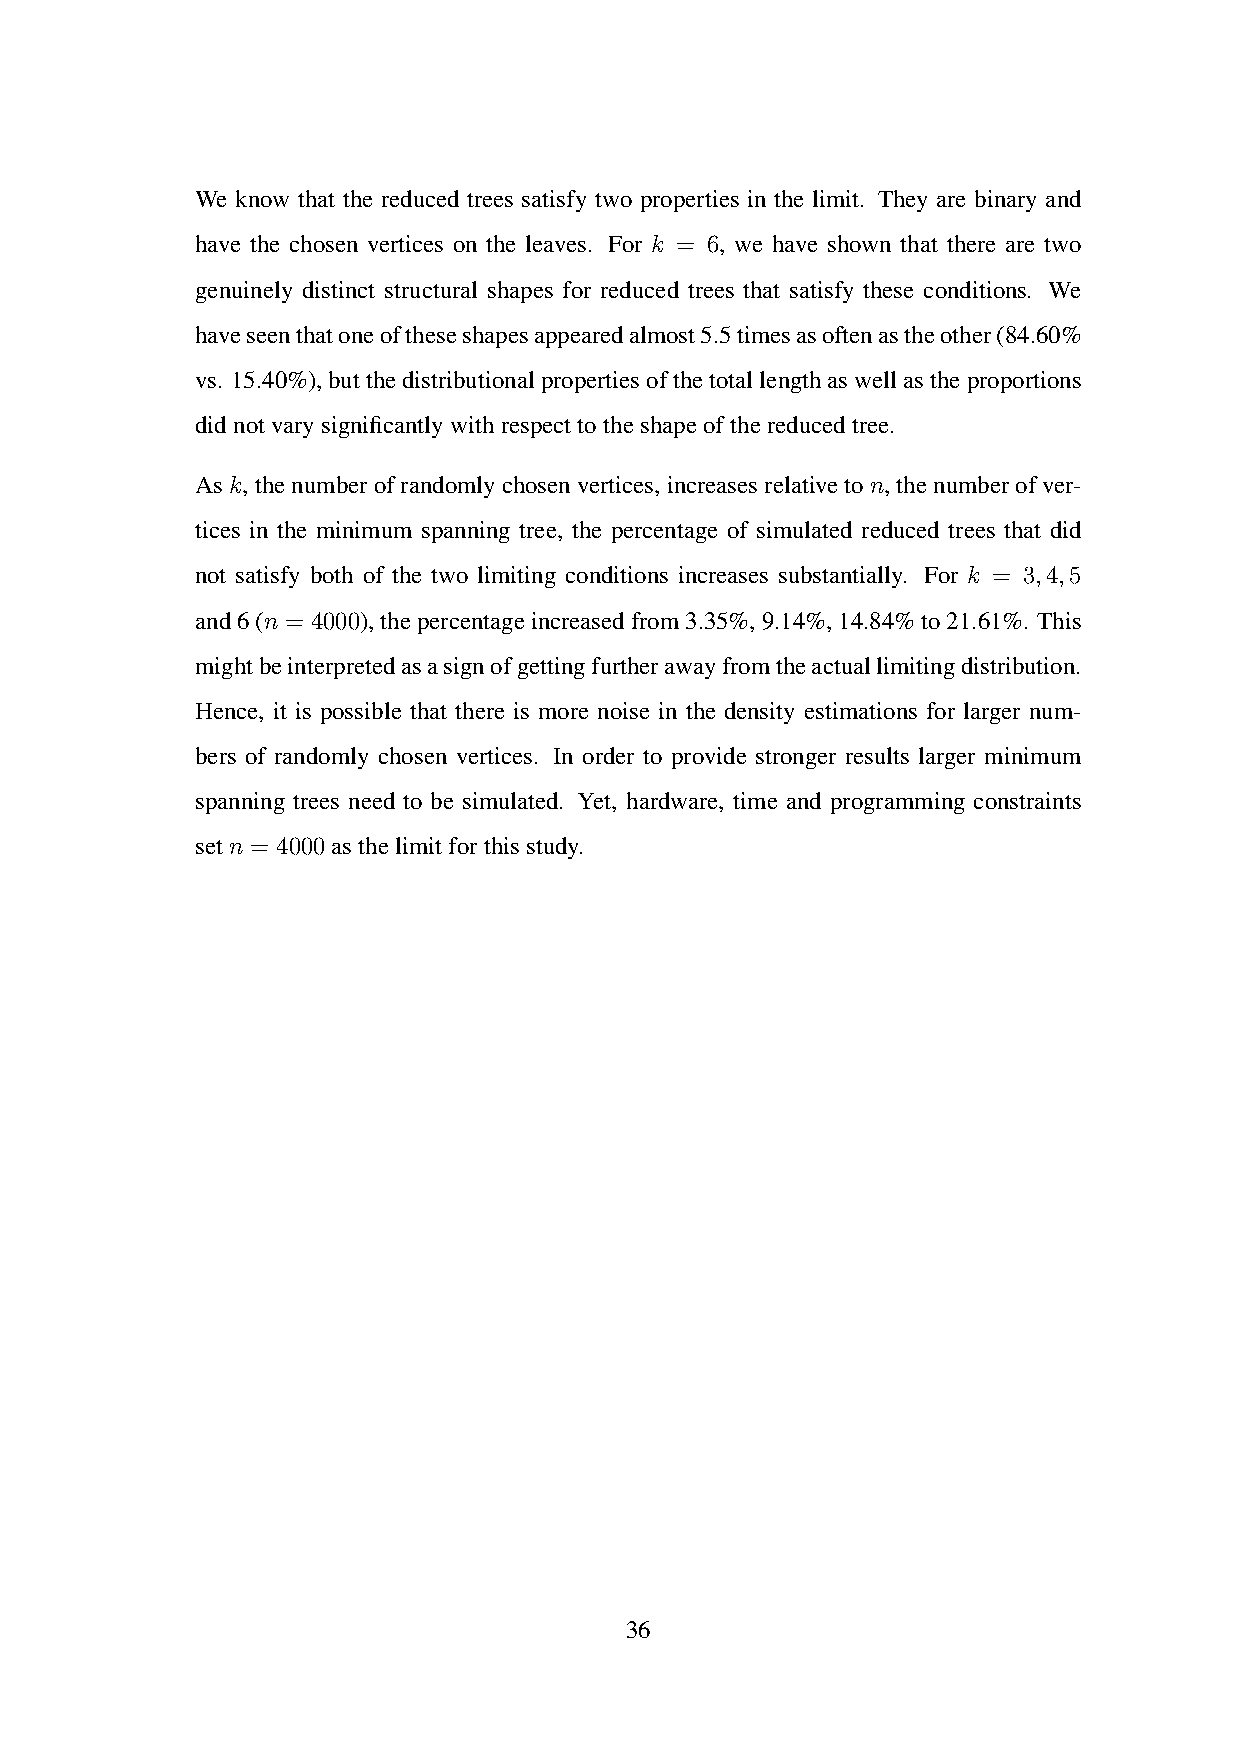
We know that the reduced trees satisfy two properties in the limit. They are binary and
 have the chosen vertices on the leaves. For k = 6, we have shown that there are two
 genuinely distinct structural shapes for reduced trees that satisfy these conditions. We
 haveseenthatoneoftheseshapesappearedalmost5.5timesasoftenastheother(84.60%
 vs. 15.40%),butthedistributionalpropertiesofthetotallengthaswellastheproportions
 didnotvarysignificantlywithrespecttotheshapeofthereducedtree.
 Ask,thenumberofrandomlychosenvertices,increasesrelativeton,thenumberofver-
 tices in the minimum spanning tree, the percentage of simulated reduced trees that did
 not satisfy both of the two limiting conditions increases substantially. For k = 3,4,5
 and6(n = 4000),thepercentageincreasedfrom3.35%,9.14%,14.84%to21.61%. This
 mightbeinterpretedasasignofgettingfurtherawayfromtheactuallimitingdistribution.
 Hence, it is possible that there is more noise in the density estimations for larger num-
 bers of randomly chosen vertices. In order to provide stronger results larger minimum
 spanning trees need to be simulated. Yet, hardware, time and programming constraints
 setn = 4000asthelimitforthisstudy.
 36